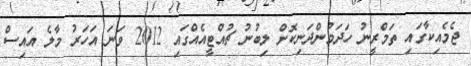
ޖެމެއިކާގައި ތަމްރީނު ހަދަމުންދަނިކޮށް ލިބުނު ޗުއްޓީއެއްގައި 2012 ވަނަ އަހަރު މާލެ އައިސް